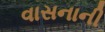
વાસનાની